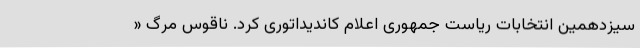
سیزدهمین انتخابات ریاست جمهوری اعلام کاندیداتوری کرد. ناقوس مرگ «